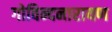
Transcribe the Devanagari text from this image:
गोविन्दनारायण